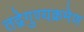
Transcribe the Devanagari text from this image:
तद्वेगुण्यक्रमेण